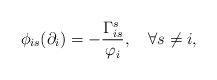
\begin{align*} \phi_{is}(\partial_i)=-\frac{\Gamma_{is}^s}{\varphi_i},\quad\forall s\neq i, \end{align*}